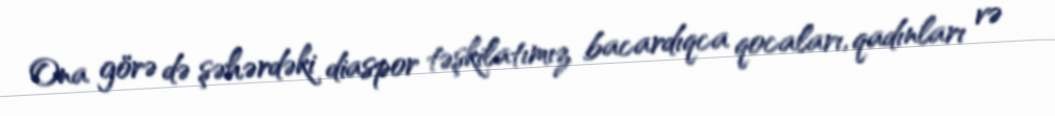
Ona görə də şəhərdəki diaspor təşkilatımız bacardıqca qocaları, qadınları və